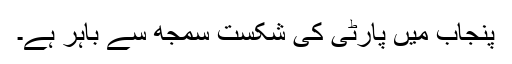
پنجاب میں پارٹی کی شکست سمجھ سے باہر ہے۔